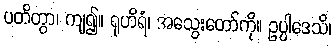
ပတိတွာ၊ ကျ၍။ ရုဟိရံ၊ အသွေးတော်ကို။ ဥပ္ပါဒေသိ၊